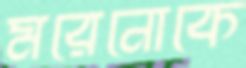
মরেনোকে